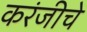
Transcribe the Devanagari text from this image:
करंजीचे